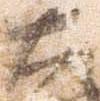
大